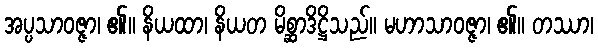
အပ္ပသာဝဇ္ဇာ၊ ၏။ နိယထာ၊ နိယတ မိစ္ဆာဒိဋ္ဌိသည်။ မဟာသာဝဇ္ဇာ၊ ၏။ တဿာ၊